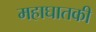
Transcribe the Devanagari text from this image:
महाघातकी